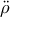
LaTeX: \boldsymbol { \ddot { \rho } }